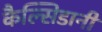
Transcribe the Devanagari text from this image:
कैल्सिडानी